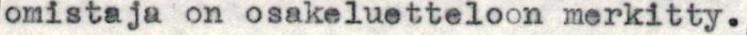
omistaja on osakeluetteloon merkitty.